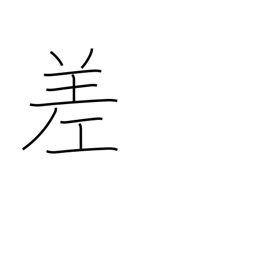
Meaning: variation